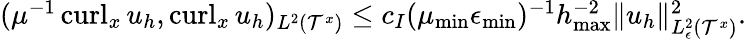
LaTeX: \begin{array}{r}{(\mu^{-1}\operatorname{curl}_{x}u_{h},\operatorname{curl}_{x}u_{h})_{L^{2}(\mathcal{T}^{x})}\leq c_{I}(\mu_{\operatorname*{min}}\epsilon_{\operatorname*{min}})^{-1}h_{\operatorname*{max}}^{-2}\| u_{h}\| _{L_{\epsilon}^{2}(\mathcal{T}^{x})}^{2}.}\end{array}